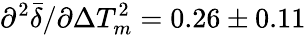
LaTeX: \partial^{2}\bar{\delta}/\partial\Delta T_{m}^{2}=0.26\pm 0.11